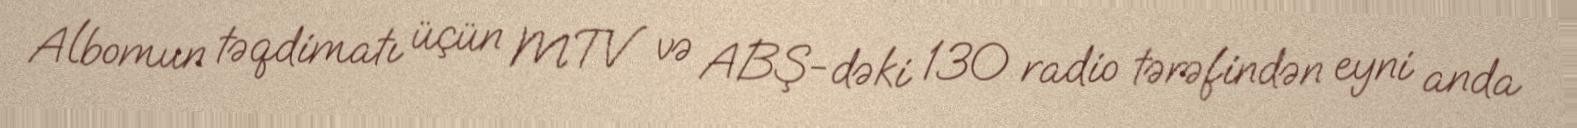
Albomun təqdimatı üçün MTV və ABŞ-dəki 130 radio tərəfindən eyni anda